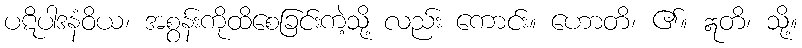
ပဋိပါဒနံဝိယ၊ အစွန်းကိုထိစေခြင်းကဲ့သို့ လည်း ကောင်း။ ဟောတိ၊ ၏။ ဣတိ၊ သို့။